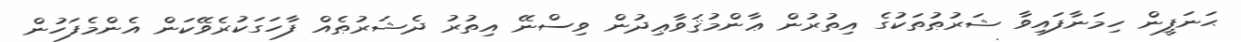
ޙަނަފީން ހިމަނާފައިވާ ޝަރުޠުތަކުގެ އިތުރުން ޢާންމުޤަވާޢިދުން ވިސްނޭ އިތުރު ދެޝަރުޠެއް ފާހަގަކުރެވޭކަން އެންމެފަހުން